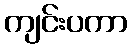
ကျင်းပကာ